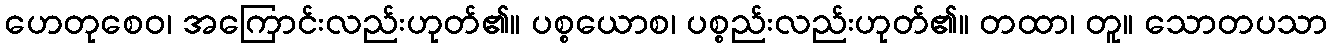
ဟေတုစေဝ၊ အကြောင်းလည်းဟုတ်၏။ ပစ္စယောစ၊ ပစ္စည်းလည်းဟုတ်၏။ တထာ၊ တူ။ သောတပသာ